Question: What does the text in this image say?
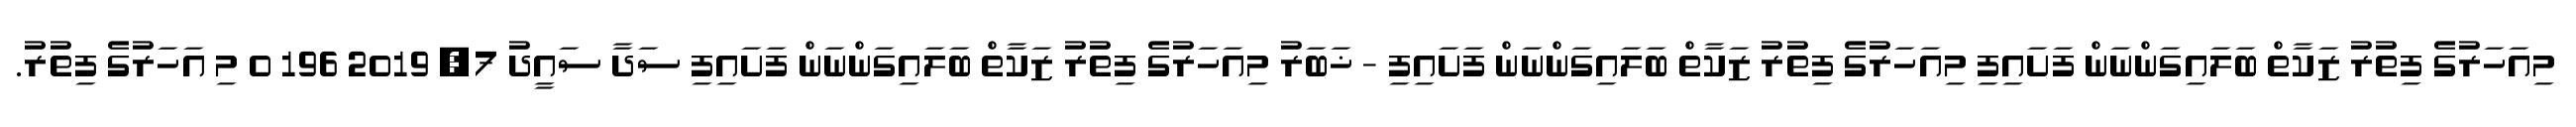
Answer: މިއަހަރުގެ ފިތުރު ޒަކާތް ބަލައިގަންނަން ފަށައިފި މިއަހަރުގެ ފިތުރު ޒަކާތް ބަލައިގަންނަން ފަށައިފި - ޚަބަރު މިއަހަރުގެ ފިތުރު ޒަކާތް ބަލައިގަންނަން ފަށައިފި ސަދާ ސައީދު 7, 2019 196 0 މި އަހަރުގެ ފިތުރު.